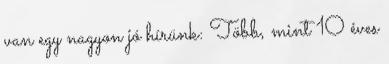
van egy nagyon jó hírünk: Több, mint 10 éves